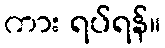
ကား ရပ်ရန်။